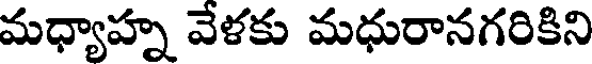
మధ్యాహ్న వేళకు మధురానగరికిని